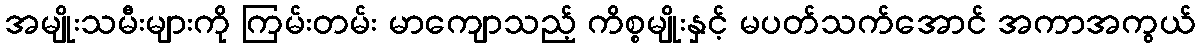
အမျိုးသမီးများကို ကြမ်းတမ်း မာကျောသည့် ကိစ္စမျိုးနှင့် မပတ်သက်အောင် အကာအကွယ်